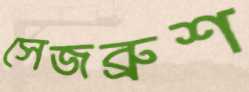
সেজব্রুশ